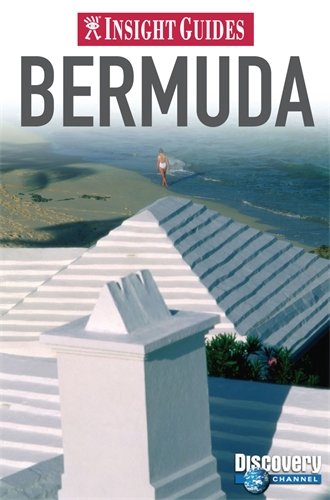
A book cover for Insight Guides: Bermuda; Travel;